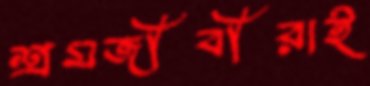
শ্রমজীবীরাই